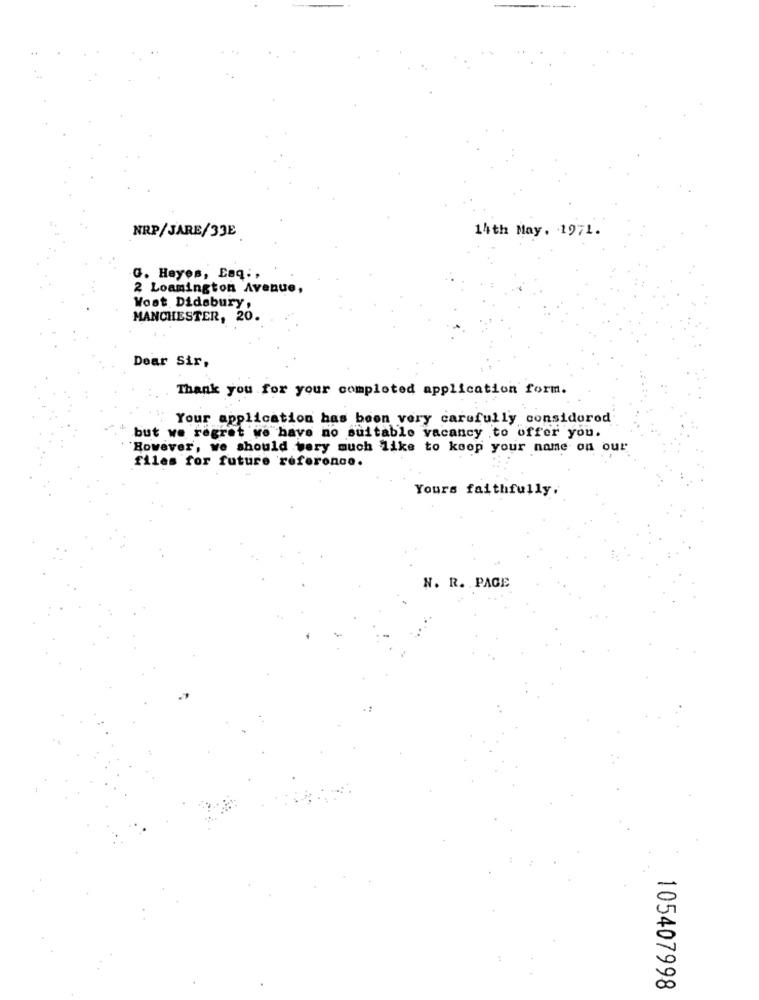
NRP/JARE/33E
14th May. 1971.
G. Hayes, Esq .,
2 Loamington Avenue,
Wost Didsbury,
MANCHESTER, 20.
Dear Sir,
Thank you for your completed application form.
Your application has been very carefully considorod
but we regret we have no suitable vacancy to offer you.
However, we should wery much like to keep your name on our
files for future reference.
Yours faithfully.
N. R. PAGE
105407998